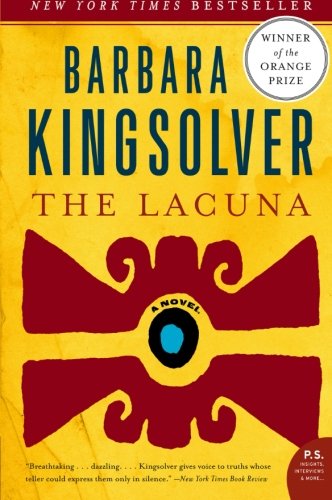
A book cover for The Lacuna: A Novel (P.S.); Barbara Kingsolver; Literature & Fiction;